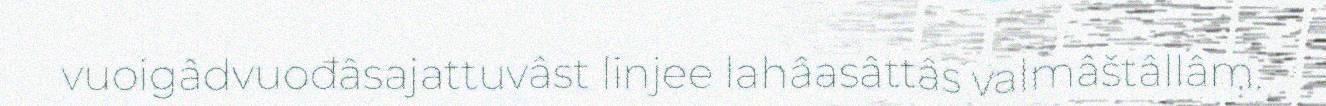
vuoigâdvuođâsajattuvâst linjee lahâasâttâs valmâštâllâm.